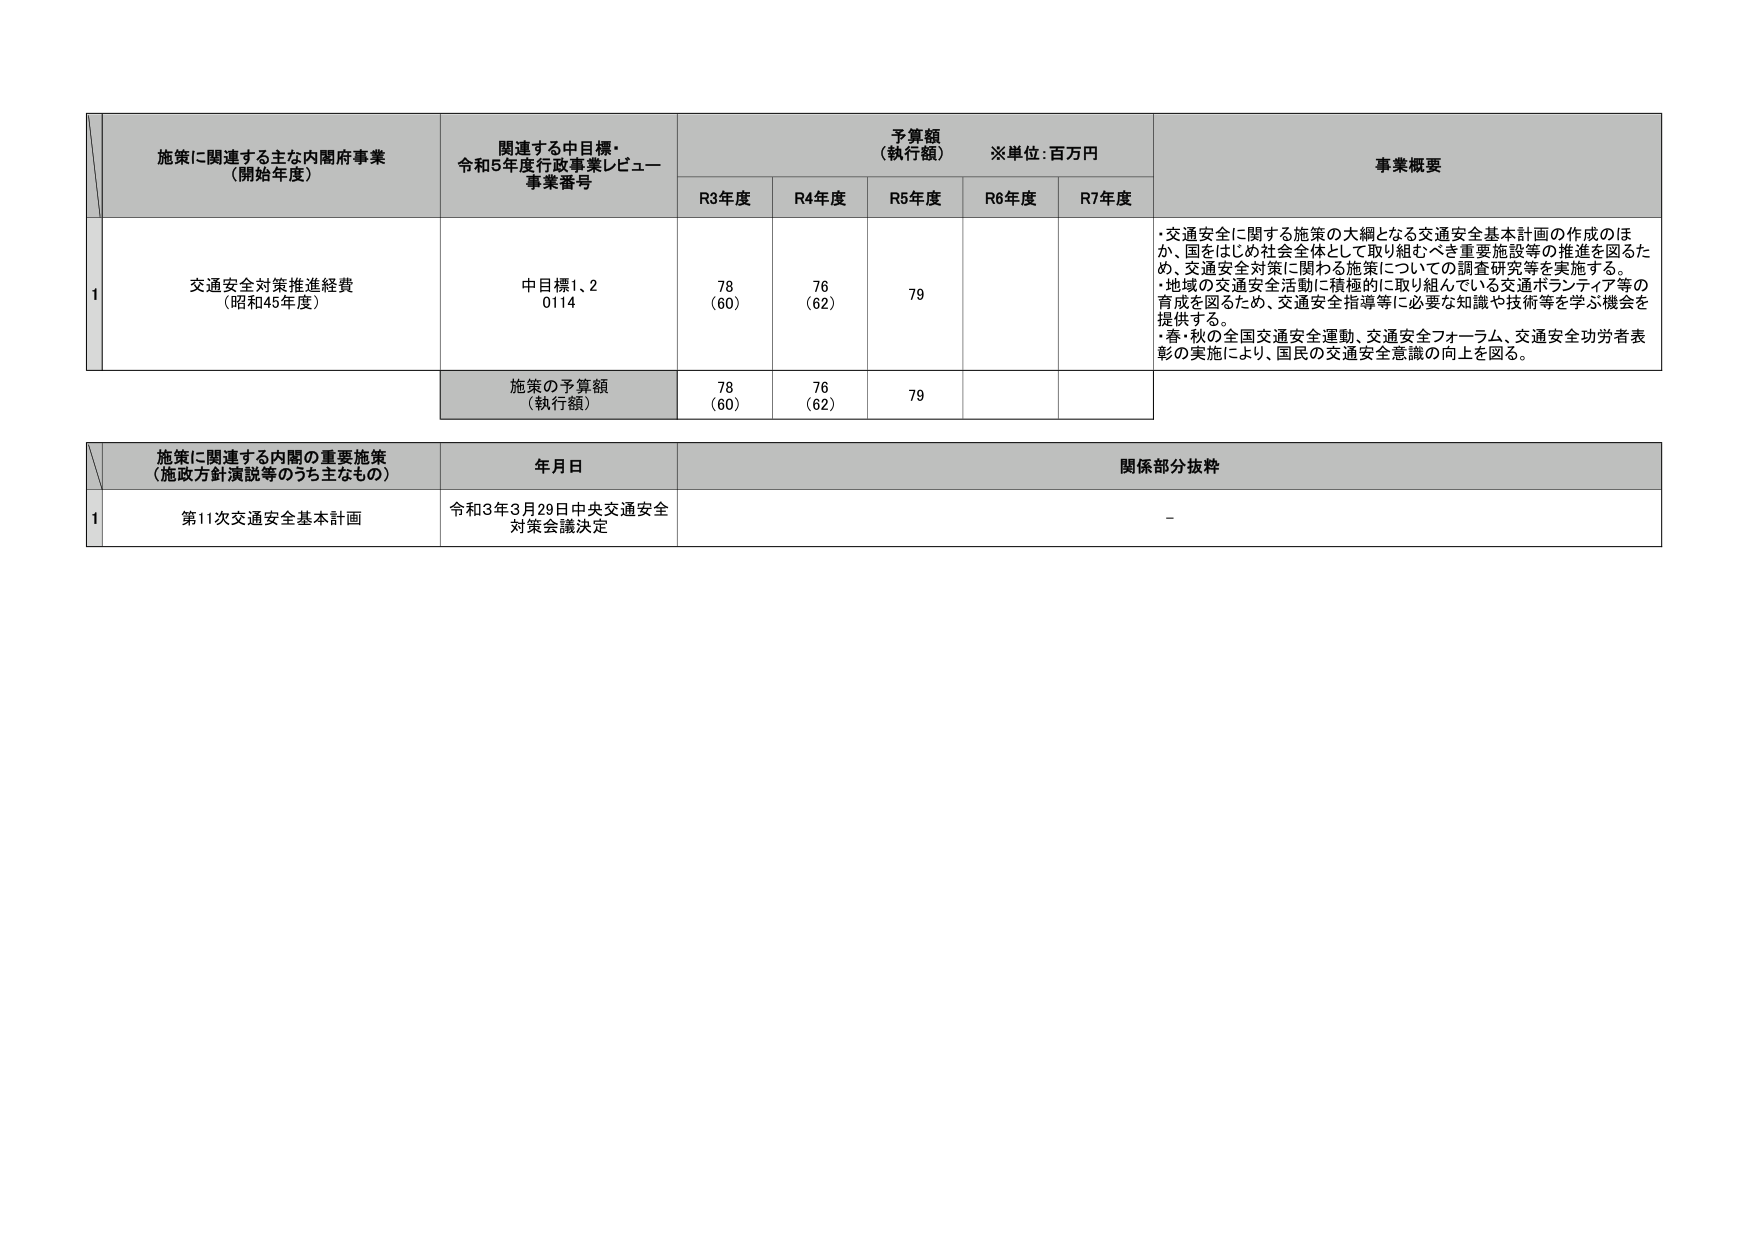
施策に関連する主な内閣府事業
（開始年度）

関連する中目標・
令和5年度行政事業レビュー
事業番号

予算額
（執行額）
※単位：百万円

事業概要

R3年度
R4年度
R5年度
R6年度
R7年度

1
交通安全対策推進経費
（昭和45年度）

中目標1、2
0114

78
（60）

76
（62）

79

・交通安全に関する施策の大綱となる交通安全基本計画の作成のほか、国をはじめ社会全体として取り組むべき重要施設等の推進を図るため、交通安全対策に関わる施策についての調査研究等を実施する。
・地域の交通安全活動に積極的に取り組んでいる交通ボランティア等の育成を図るため、交通安全指導等に必要な知識や技術等を学ぶ機会を提供する。
・春・秋の全国交通安全運動、交通安全フォーラム、交通安全功労者表彰の実施により、国民の交通安全意識の向上を図る。

施策の予算額
（執行額）

78
（60）

76
（62）

79

施策に関連する内閣の重要施策
（施政方針演説等のうち主なもの）

年月日

関係部分抜粋

1
第11次交通安全基本計画

令和3年3月29日中央交通安全対策会議決定

－